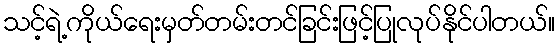
သင့်ရဲ့ကိုယ်ရေးမှတ်တမ်းတင်ခြင်းဖြင့်ပြုလုပ်နိုင်ပါတယ်။